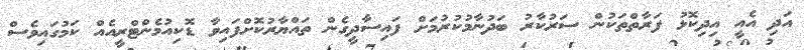
އަދި އެއީ އިދިކޮޅު ފަރާތްތަކުން ސަރުކާރު ބަދުނާމުކުރުމަށް ފައިސާދީގެން ތައްޔާރުކޮށްފައިވާ ޑޮކިއުމެންޓްރީއެއް ކަމުގައިވެސް